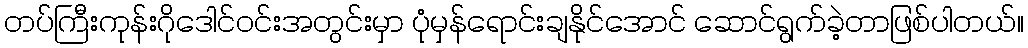
တပ်ကြီးကုန်းဂိုဒေါင်ဝင်းအတွင်းမှာ ပုံမှန်ရောင်းချနိုင်အောင် ဆောင်ရွက်ခဲ့တာဖြစ်ပါတယ်။